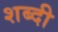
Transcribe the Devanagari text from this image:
शब्दी